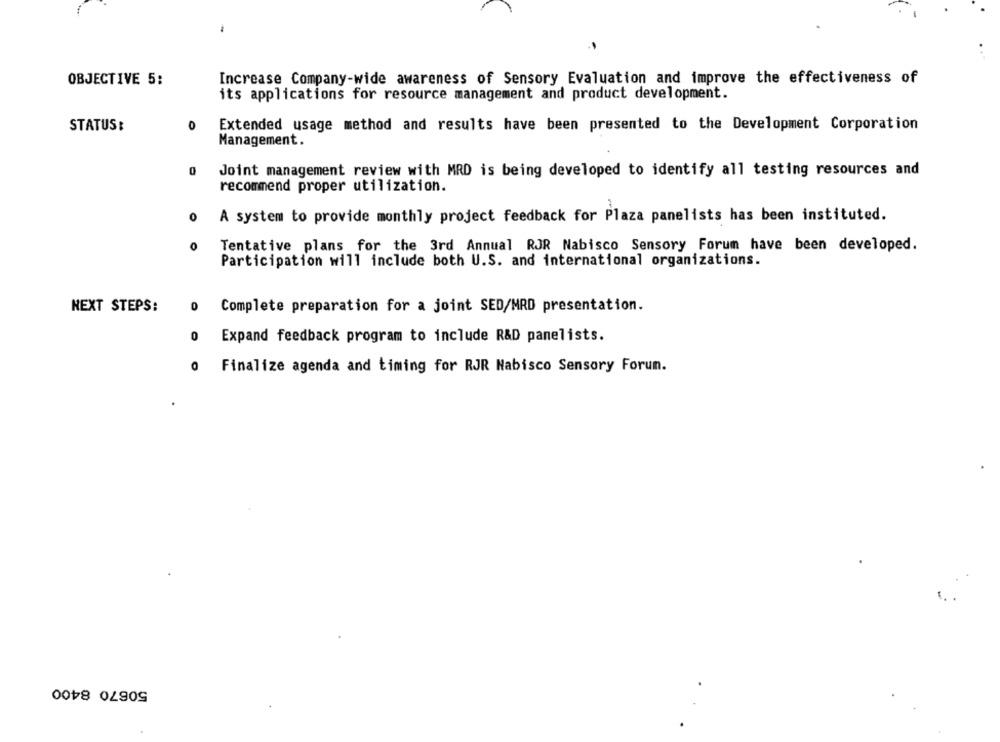
-
OBJECTIVE 5:
Increase Company-wide awareness of Sensory Evaluation and improve the effectiveness of
its applications for resource management and product development.
0
Extended usage method and results have been presented to the Development Corporation
STATUS:
Management.
0
Joint management review with MRD is being developed to identify all testing resources and
recommend proper utilization.
0
A system to provide monthly project feedback for Plaza panelists has been instituted.
0
Tentative plans for the 3rd Annual RJR Nabisco Sensory Forum have been developed.
Participation will include both U.S. and international organizations.
NEXT STEPS:
0
Complete preparation for a joint SED/MRD presentation.
0
Expand feedback program to include R&D panelists.
O
Finalize agenda and timing for RJR Nabisco Sensory Forun.
50670 8400